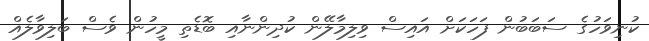
ކުނިވަހުގެ ސަބަބުން ފަހަކަށް އައިސް ވިލިމާލޭން ކުދިންނާއި ބޮޑެތި މީހުން ވެސް ބަލިވާލެއް